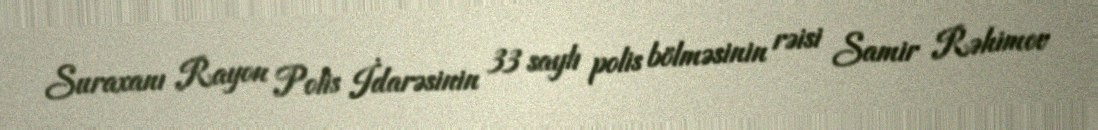
Suraxanı Rayon Polis İdarəsinin 33 saylı polis bölməsinin rəisi Samir Rəhimov